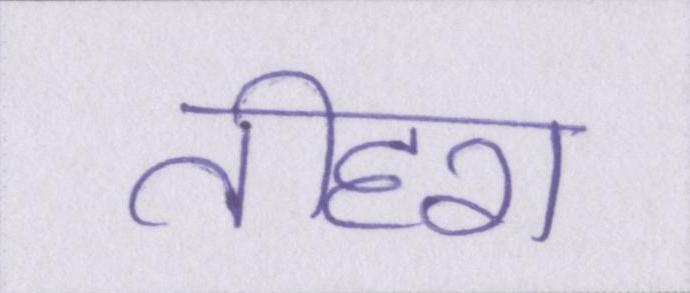
तीहरा